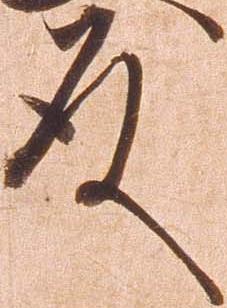
殿